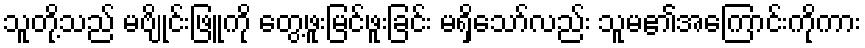
သူတို့သည် မဗျိုင်းဖြူကို တွေ့ဖူးမြင်ဖူးခြင်း မရှိသော်လည်း သူမ၏အကြောင်းကိုကား